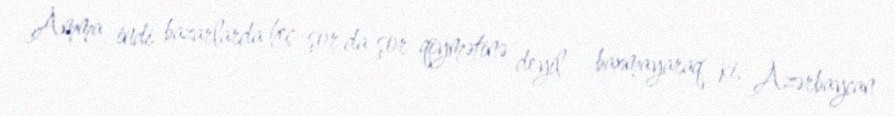
Amma indi bazarlarda heç şor da şor qiymətinə deyil - baxmayaraq ki, Azərbaycan